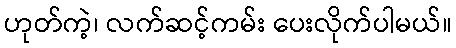
ဟုတ်ကဲ့၊ လက်ဆင့်ကမ်း ပေးလိုက်ပါမယ်။